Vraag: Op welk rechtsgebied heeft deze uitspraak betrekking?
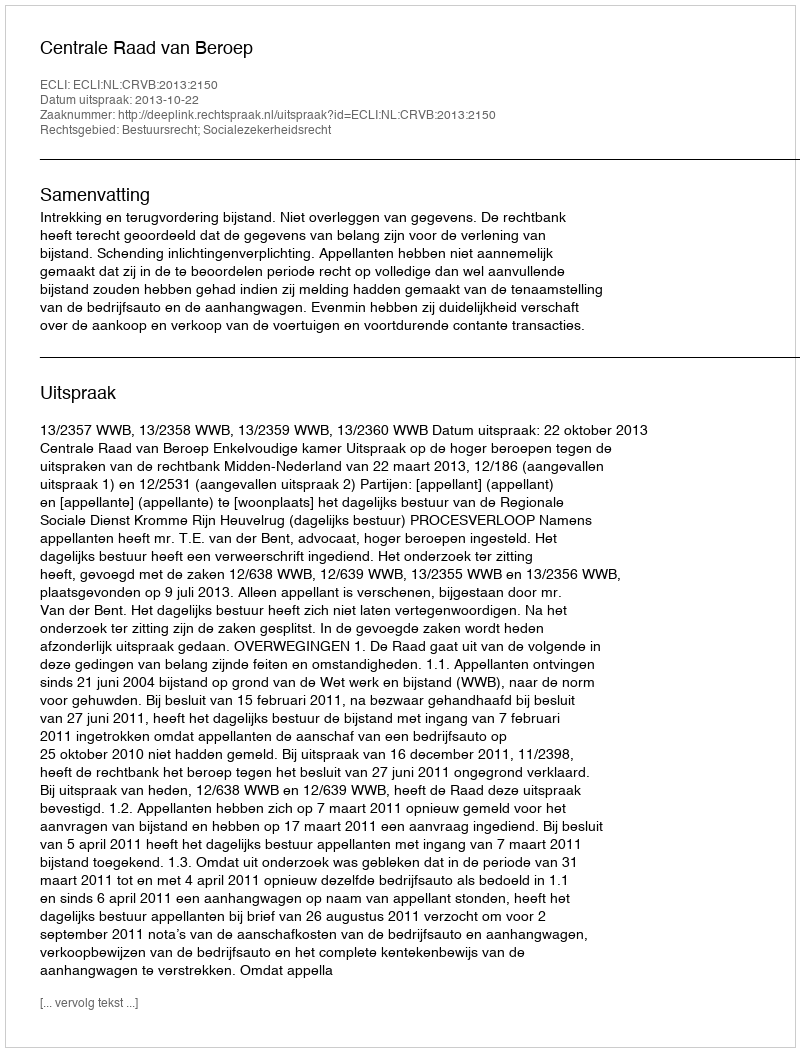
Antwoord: Bestuursrecht; Socialezekerheidsrecht